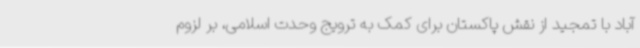
آباد با تمجید از نقش پاکستان برای کمک به ترویج وحدت اسلامی، بر لزوم